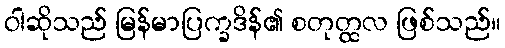
ဝါဆိုသည် မြန်မာပြက္ခဒိန်၏ စတုတ္ထလ ဖြစ်သည်။